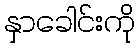
နှာခေါင်းကို